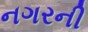
નગરની